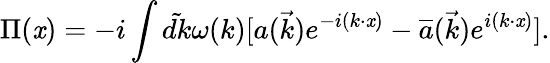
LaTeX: \Pi(\mathit{x})=-i\int\tilde{{dk}}\omega(k)[a(\vec{{k}})e^{-i(k\cdot\mathit{x})}-{\overline{{{{a}}}}}(\vec{{k}})e^{i(k\cdot\mathit{x})}].